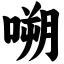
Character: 嗍